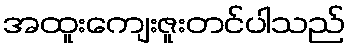
အထူးကျေးဇူးတင်ပါသည်